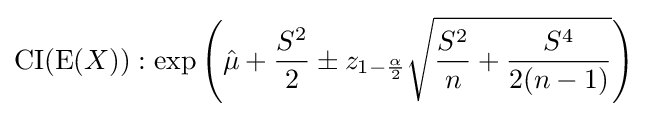
\mathrm {CI} (\operatorname {E} (X)):\exp \left({\hat {\mu }}+{\frac {S^{2}}{2}}\pm z_{1-{\frac {\alpha }{2}}}{\sqrt {{\frac {S^{2}}{n}}+{\frac {S^{4}}{2(n-1)}}}}\right)